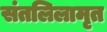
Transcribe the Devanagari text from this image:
संतलिलामृत